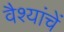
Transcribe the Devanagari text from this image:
वैश्यांचें